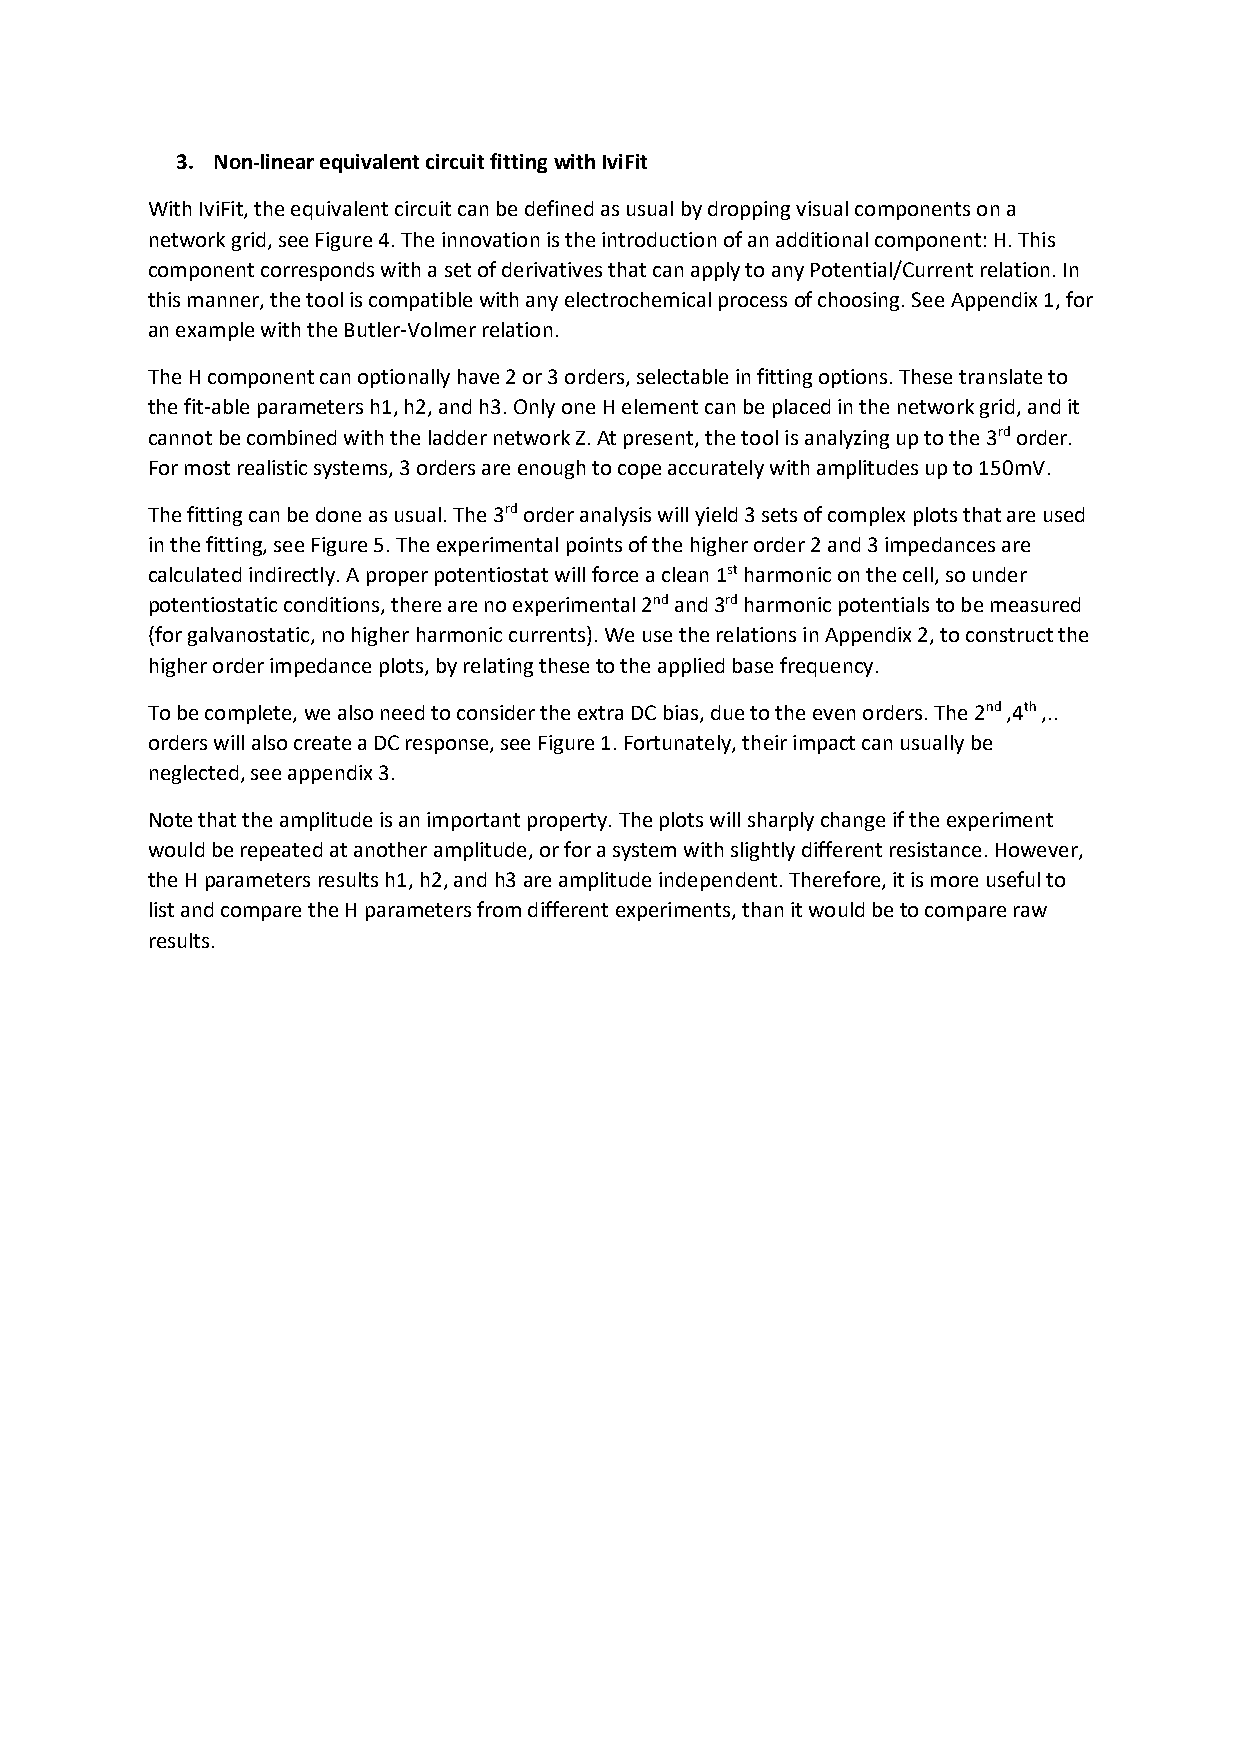
3. Non-linear equivalent circuit fitting with IviFit
 With IviFit, the equivalent circuit can be defined as usual by dropping visual components on a
 network grid, see Figure 4. The innovation is the introduction of an additional component: H. This
 component corresponds with a set of derivatives that can apply to any Potential/Current relation. In
 this manner, the tool is compatible with any electrochemical process of choosing. See Appendix 1, for
 an example with the Butler-Volmer relation.
 The H component can optionally have 2 or 3 orders, selectable in fitting options. These translate to
 the fit-able parameters h1, h2, and h3. Only one H element can be placed in the network grid, and it
 cannot be combined with the ladder network Z. At present, the tool is analyzing up to the 3rd order.
 For most realistic systems, 3 orders are enough to cope accurately with amplitudes up to 150mV.
 The fitting can be done as usual. The 3rd order analysis will yield 3 sets of complex plots that are used
 in the fitting, see Figure 5. The experimental points of the higher order 2 and 3 impedances are
 calculated indirectly. A proper potentiostat will force a clean 1st harmonic on the cell, so under
 potentiostatic conditions, there are no experimental 2nd and 3rd harmonic potentials to be measured
 (for galvanostatic, no higher harmonic currents). We use the relations in Appendix 2, to construct the
 higher order impedance plots, by relating these to the applied base frequency.
 To be complete, we also need to consider the extra DC bias, due to the even orders. The 2nd ,4th ,..
 orders will also create a DC response, see Figure 1. Fortunately, their impact can usually be
 neglected, see appendix 3.
 Note that the amplitude is an important property. The plots will sharply change if the experiment
 would be repeated at another amplitude, or for a system with slightly different resistance. However,
 the H parameters results h1, h2, and h3 are amplitude independent. Therefore, it is more useful to
 list and compare the H parameters from different experiments, than it would be to compare raw
 results.